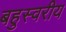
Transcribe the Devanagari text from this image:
बहुस्वरीय